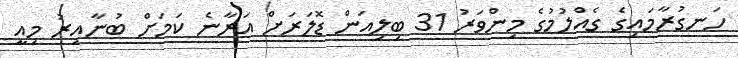
ހަނގުރާމައިގެ ގެއްލުމުގެ މިންވަރު 31 ބިލިއަން ޑޮލަރަށް އަރާނެ ކަމަށް ބުނާއިރު މިއީ